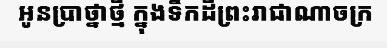
អូនប្រាថ្នាថ្មី ក្នុងទឹកដីព្រះរាជាណាចក្រ